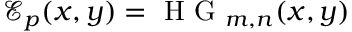
\mathcal { E } _ { p } ( x , y ) = \mathrm { ~ H ~ G ~ } _ { m , n } ( x , y )